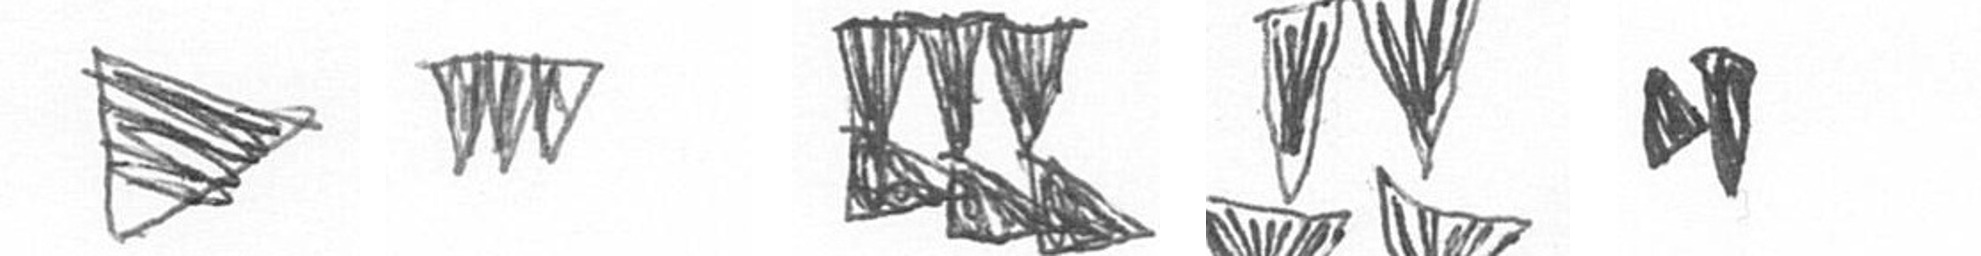
T L D B M